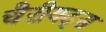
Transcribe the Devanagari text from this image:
चैरीयट्स